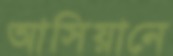
আসিয়ানে